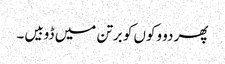
پھر دو وکوں کو برتن میں ڈوبیں۔